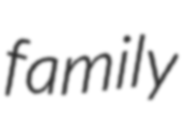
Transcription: family